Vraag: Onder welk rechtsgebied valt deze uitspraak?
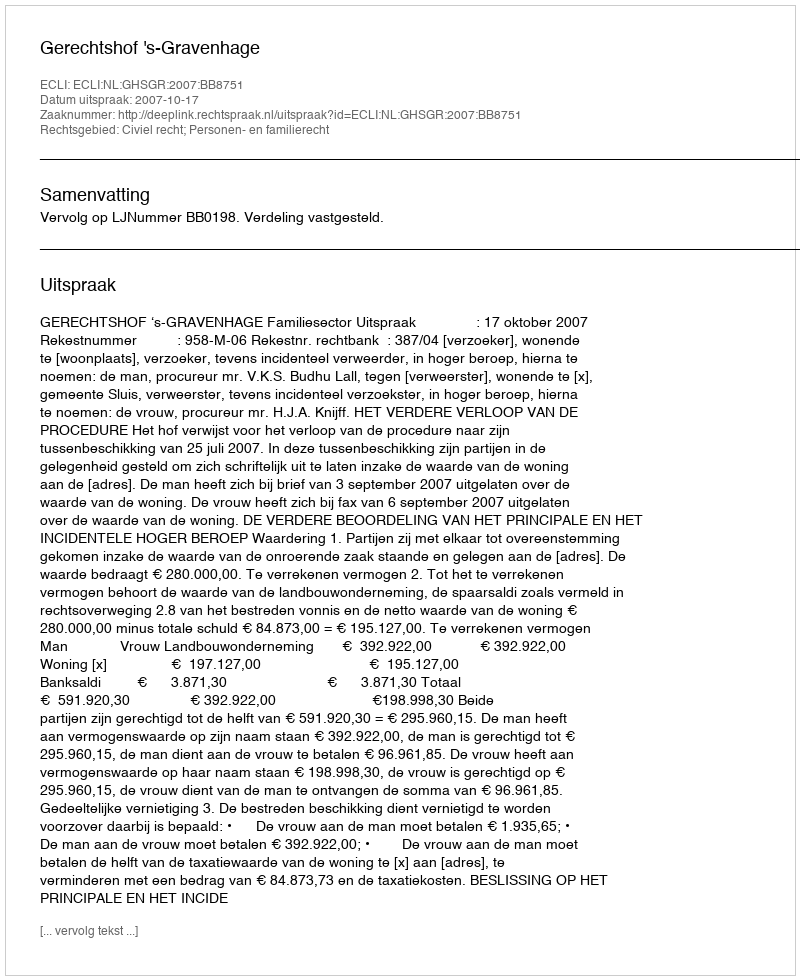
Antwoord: Civiel recht; Personen- en familierecht